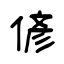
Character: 偐